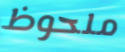
ملحوظ